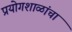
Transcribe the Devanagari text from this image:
प्रयोगशाळांचा